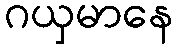
ဂယှမာနေ